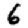
Digit: 6